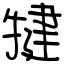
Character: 犍